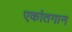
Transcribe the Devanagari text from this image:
एकांतगान